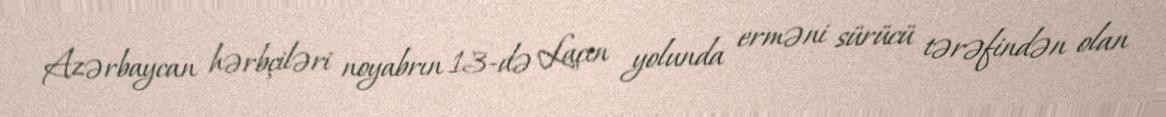
Azərbaycan hərbçiləri noyabrın 13-də Laçın yolunda erməni sürücü tərəfindən olan